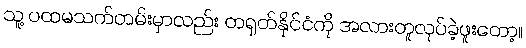
သူ့ ပထမသက်တမ်းမှာလည်း တရုတ်နိုင်ငံကို အလားတူလုပ်ခဲ့ဖူးတော့။